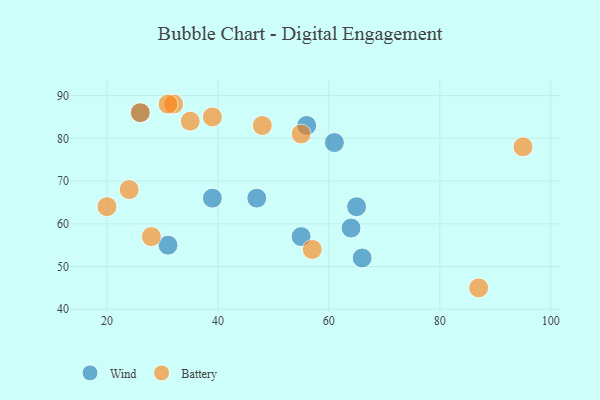
{"axis": {"x": "GDP", "y": "Life Expectancy"}, "legend": ["Battery", "Wind"], "data": [{"x": "31", "y": 55, "type": "Wind"}, {"x": "39", "y": 66, "type": "Wind"}, {"x": "66", "y": 52, "type": "Wind"}, {"x": "65", "y": 64, "type": "Wind"}, {"x": "47", "y": 66, "type": "Wind"}, {"x": "64", "y": 59, "type": "Wind"}, {"x": "56", "y": 83, "type": "Wind"}, {"x": "26", "y": 86, "type": "Wind"}, {"x": "61", "y": 79, "type": "Wind"}, {"x": "55", "y": 57, "type": "Wind"}, {"x": "32", "y": 88, "type": "Battery"}, {"x": "95", "y": 78, "type": "Battery"}, {"x": "39", "y": 85, "type": "Battery"}, {"x": "57", "y": 54, "type": "Battery"}, {"x": "48", "y": 83, "type": "Battery"}, {"x": "24", "y": 68, "type": "Battery"}, {"x": "55", "y": 81, "type": "Battery"}, {"x": "26", "y": 86, "type": "Battery"}, {"x": "31", "y": 88, "type": "Battery"}, {"x": "20", "y": 64, "type": "Battery"}, {"x": "28", "y": 57, "type": "Battery"}, {"x": "87", "y": 45, "type": "Battery"}, {"x": "35", "y": 84, "type": "Battery"}]}